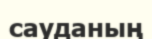
сауданың